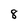
Character: 8